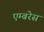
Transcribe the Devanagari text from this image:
एम्बरेस